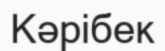
Кәрібек